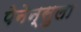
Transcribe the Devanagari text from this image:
पेनेन्सुला